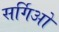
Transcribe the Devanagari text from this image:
सर्गिओ